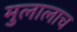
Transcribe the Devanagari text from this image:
मुलालाच